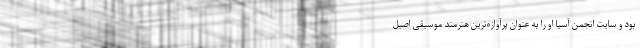
بود و سایت انجمن آسیا او را به‌ عنوان پرآوازه‌ترین هنرمند موسیقی اصیل